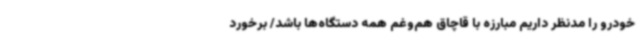
خودرو را مدنظر داریم مبارزه با قاچاق هم‌وغم همه دستگاه‌ها باشد/ برخورد